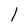
Character: 1